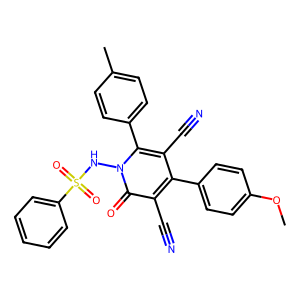
SMILES: COc1ccc(-c2c(C#N)c(-c3ccc(C)cc3)n(NS(=O)(=O)c3ccccc3)c(=O)c2C#N)cc1
Inhibits HIV replication: No